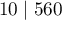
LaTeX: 1 0 \mid 5 6 0